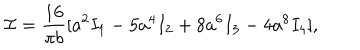
LaTeX: { \cal I } = \frac { 1 6 } { \pi b } [ a ^ { 2 } I _ { 1 } - 5 a ^ { 4 } I _ { 2 } + 8 a ^ { 6 } I _ { 3 } - 4 a ^ { 8 } I _ { 4 } ] ,